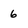
Character: 6